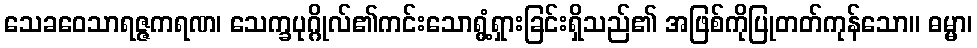
သေခဝေသာရဇ္ဇကရဏ၊ သေက္ခပုဂ္ဂိုလ်၏ကင်းသောရွံ့ရှားခြင်းရှိသည်၏ အဖြစ်ကိုပြုတတ်ကုန်သော။ ဓမ္မာ၊